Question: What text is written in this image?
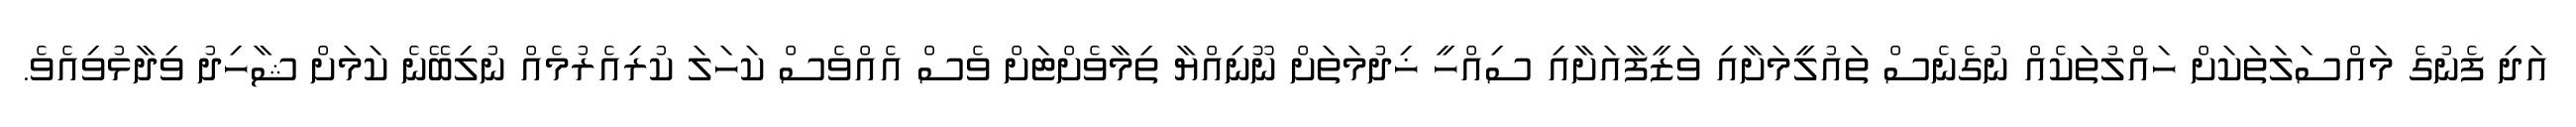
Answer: އަދި ފެނުގެ މައްސަލަތަކަށް ހައްލުތަކެއް ނުގެނެސް ތައުލީމަށާއި ވަޒީފާއަށާއި ސިއްހީ ޚިދުމަތަށް ނޫނިއްޔާ ތިމާވެށްޓަށް ވެސް އެއްވެސް ކަހަލަ ކުރިއެރުމެއް ނުލިބޭނެ ކަމަށް ޝާހިދު ވިދާޅުވިއެވެ.